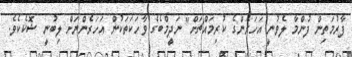
ފާރުމަތިން ފުންމާ ލެވުނީ އަހަރެންގެ ކުރިމައްޗަށް" ނަދީމްބެގެ ވާހަކަތަކުން އަހަރެންނަށް ލިބުނީ ޝޮކެކެވެ.